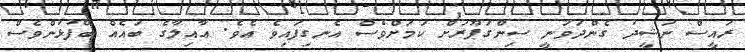
ރައީސް ނަޝީދު ގެންދަވަނީ ސިންގަޕޫރަށް ކަމަށްވެސް އެނގިފައިވެ އެވެ. އާއިލާގެ ބައެއް ބޭފުޅުންވެސް